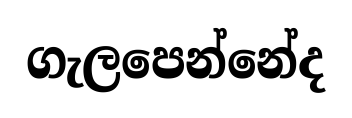
ගැලපෙන්නේද